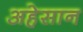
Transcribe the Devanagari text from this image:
अहेसान